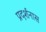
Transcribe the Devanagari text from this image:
प्रदर्शनास